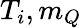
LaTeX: T_{i},m_{Q}